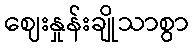
ဈေးနှုန်းချိုသာစွာ